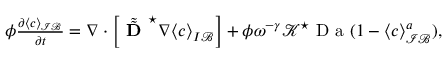
\begin{array} { r } { \phi \frac { \partial \langle c \rangle _ { \mathcal { I B } } } { \partial t } = \nabla \cdot \left[ \tilde { \tilde { \textbf { D } } } ^ { \star } \nabla \langle c \rangle _ { I \mathcal B } \right] + \phi \omega ^ { - \gamma } \mathcal { K } ^ { \star } \mathrm { ~ D ~ a ~ } ( 1 - \langle c \rangle _ { \mathcal { I B } } ^ { a } ) , } \end{array}